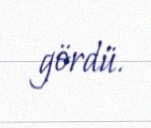
gördü.